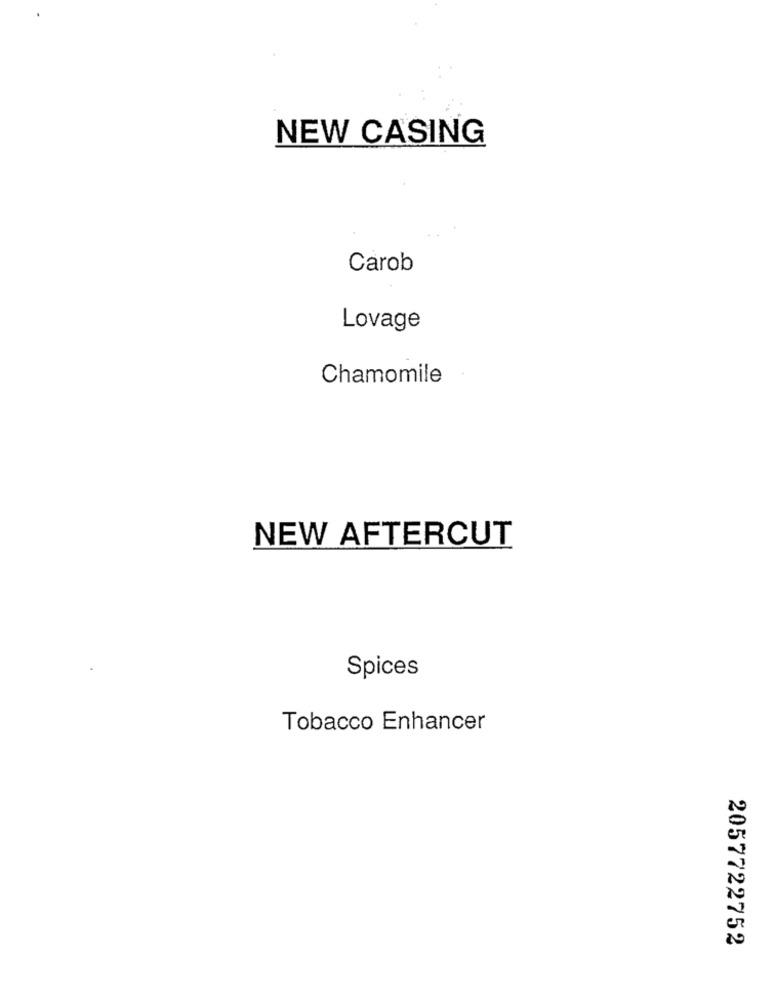
NEW CASING
Carob
Lovage
Chamomile
NEW AFTERCUT
Spices
Tobacco Enhancer
2057722752